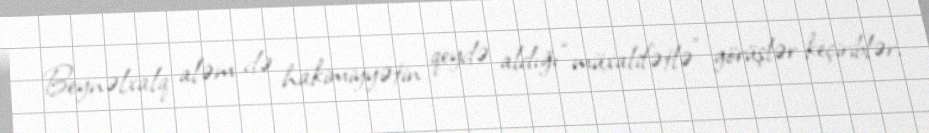
Beynəlxalq aləm də hakimiyyətin qeydə aldığı “müxalifətlə” görüşlər keçiriblər,